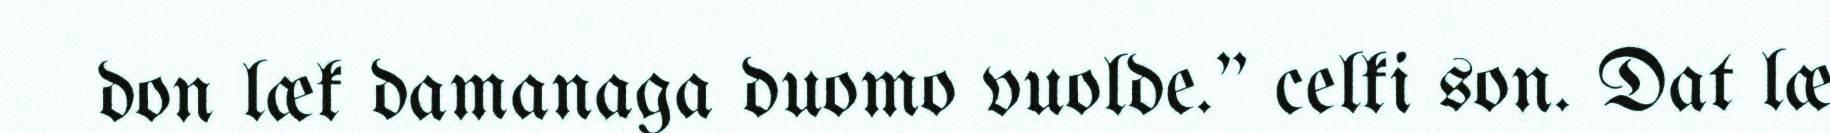
don læk damanaga duomo vuolde." celki son. Dat læ